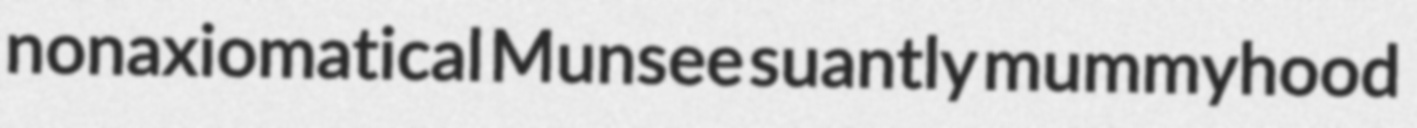
nonaxiomatical Munsee suantly mummyhood